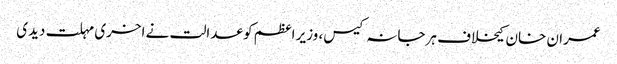
عمران خان کیخلاف ہرجانہ کیس، وزیر اعظم کو عدالت نے اخری مہلت دیدی